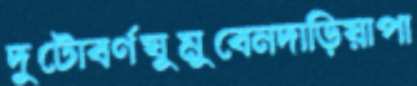
দুটোবর্ণঘুমুবেনদাড়িয়াপা